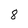
Character: 8